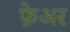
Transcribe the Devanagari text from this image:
फ़ेअर